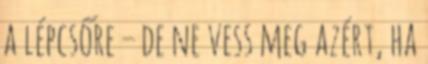
a lépcsőre – de ne vess meg azért, ha